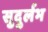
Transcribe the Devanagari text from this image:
सुदुर्लभ